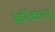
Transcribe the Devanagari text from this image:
केर्निक्टेरस